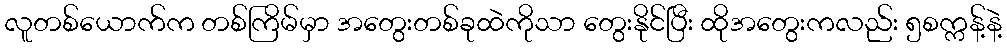
လူတစ်ယောက်က တစ်ကြိမ်မှာ အတွေးတစ်ခုထဲကိုသာ တွေးနိုင်ပြီး ထိုအတွေးကလည်း ၅စက္ကန့်နဲ့